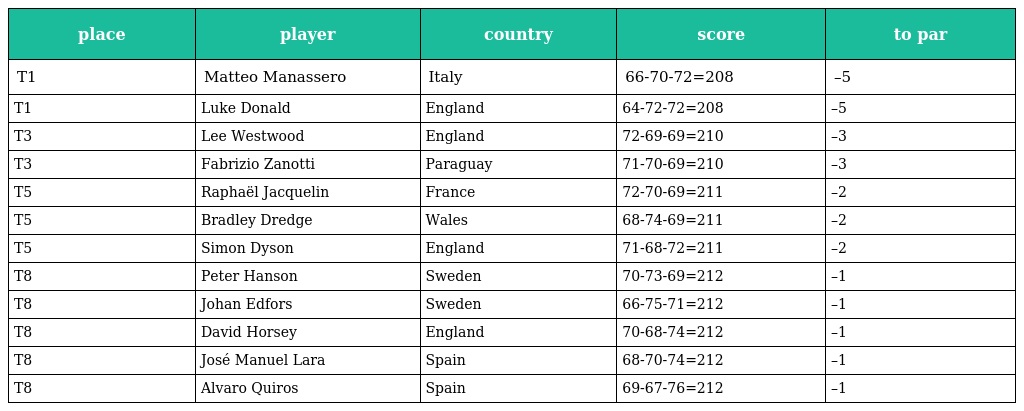
| place | player | country | score | to par |
 | --- | --- | --- | --- | --- |
 | T1 | Matteo Manassero | Italy | 66-70-72=208 | –5 |
 | T1 | Luke Donald | England | 64-72-72=208 | –5 |
 | T3 | Lee Westwood | England | 72-69-69=210 | –3 |
 | T3 | Fabrizio Zanotti | Paraguay | 71-70-69=210 | –3 |
 | T5 | Raphaël Jacquelin | France | 72-70-69=211 | –2 |
 | T5 | Bradley Dredge | Wales | 68-74-69=211 | –2 |
 | T5 | Simon Dyson | England | 71-68-72=211 | –2 |
 | T8 | Peter Hanson | Sweden | 70-73-69=212 | –1 |
 | T8 | Johan Edfors | Sweden | 66-75-71=212 | –1 |
 | T8 | David Horsey | England | 70-68-74=212 | –1 |
 | T8 | José Manuel Lara | Spain | 68-70-74=212 | –1 |
 | T8 | Alvaro Quiros | Spain | 69-67-76=212 | –1 |